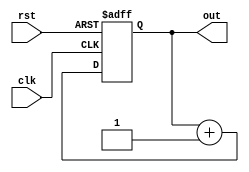
module up_counter_moore (
    input wire clk,      // Clock signal
    input wire rst,      // Asynchronous reset signal
    output reg [2:0] out // 3-bit output representing the current state
);

    // State transition process
    always @(posedge clk or posedge rst) begin
        if (rst) begin
            out <= 3'b000; // Reset to state 0
        end else begin
            out <= out + 1; // Increment the current state
        end
    end

endmodule